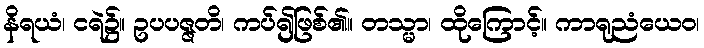
နိရယံ၊ ငရဲ၌။ ဥပပဇ္ဇတိ၊ ကပ်၍ဖြစ်၏။ တသ္မာ၊ ထိုကြောင့်။ ကာရုညံယေဝ၊